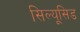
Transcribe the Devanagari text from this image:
सिल्यूसिड